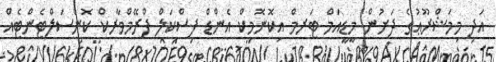
އަދި މިމަޝްރޫޢުގެ ދަށުން މީޑީއަމް ޓަރމް އިކޮނޮމިކް އެންޑް ފިސްކަލް ފްރޭމްވާރކް ކޮންސަލްޓެންޓެއް